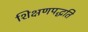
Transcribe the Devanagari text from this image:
शिक्षणपद्धति